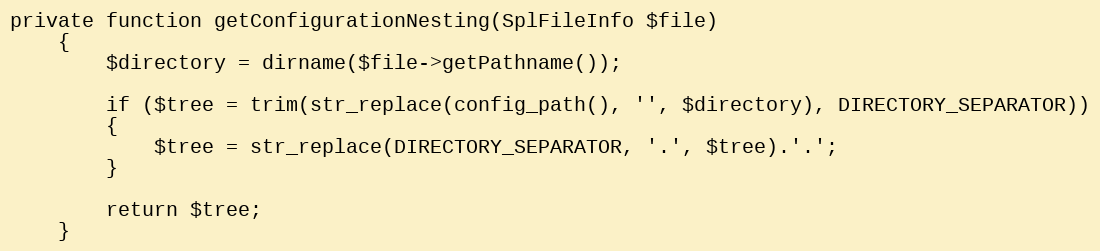
Language: PHP
private function getConfigurationNesting(SplFileInfo $file)
	{
		$directory = dirname($file->getPathname());

		if ($tree = trim(str_replace(config_path(), '', $directory), DIRECTORY_SEPARATOR))
		{
			$tree = str_replace(DIRECTORY_SEPARATOR, '.', $tree).'.';
		}

		return $tree;
	}